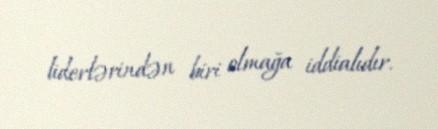
liderlərindən biri olmağa iddialıdır.